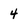
Character: 4